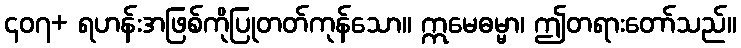
၄၀၇+ ရဟန်းအဖြစ်ကိုပြုတတ်ကုန်သော။ ဣမေဓမ္မာ၊ ဤတရားတော်သည်။